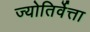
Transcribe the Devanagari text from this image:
ज्योतिर्वेत्ता